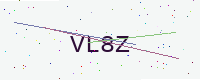
Text: VL8Z